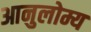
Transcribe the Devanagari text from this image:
आनुलोम्य